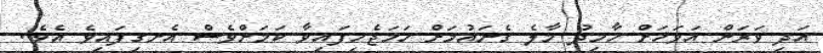
އަދި ވަރަށް އަވަހަށް ހާމިދު މާލެ ގެނައުމަށް ހަމަޖެހިފައިވާ ކަަމަށްވެސް އެނގިފައިވެ އެވެ.